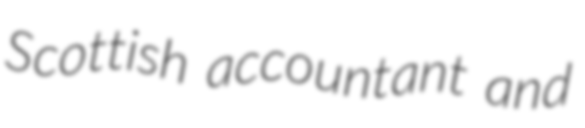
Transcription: Scottish accountant and